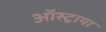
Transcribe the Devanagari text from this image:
ऑस्ट्राया